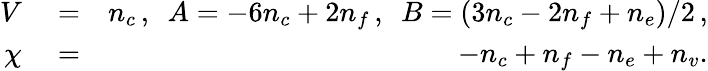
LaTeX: \begin{array}{rlr}{V}&{{}=}&{n_{c}\, ,\, \, \, A=-6n_{c}+2n_{f}\, ,\, \, \, B=(3n_{c}-2n_{f}+n_{e})/2\, ,}\\ {\chi}&{{}=}&{-n_{c}+n_{f}-n_{e}+n_{v}.}\end{array}